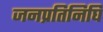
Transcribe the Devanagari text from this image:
जनप्रतिनिघि